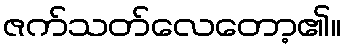
ဇက်သတ်လေတော့၏။